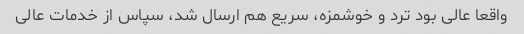
واقعا عالی بود ترد و خوشمزه، سریع هم ارسال شد، سپاس از خدمات عالی